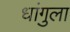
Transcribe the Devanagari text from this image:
धांगुला